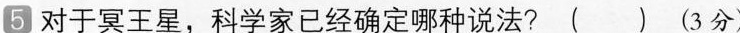
5 对于冥王星，科学家已经确定哪种说法? ( ) (3分)